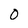
Character: 0